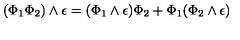
( \Phi _ { 1 } \Phi _ { 2 } ) \wedge \epsilon = ( \Phi _ { 1 } \wedge \epsilon ) \Phi _ { 2 } + \Phi _ { 1 } ( \Phi _ { 2 } \wedge \epsilon )